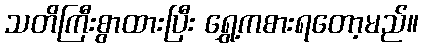
သတိကြီးစွာထားပြီး ရွှေ့ကစားရတော့မည်။